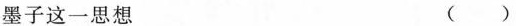
墨子这一思想（）